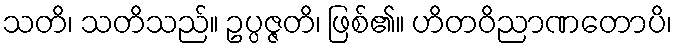
သတိ၊ သတိသည်။ ဥပ္ပဇ္ဇတိ၊ ဖြစ်၏။ ဟိတဝိညာဏတောပိ၊